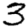
Digit: 3